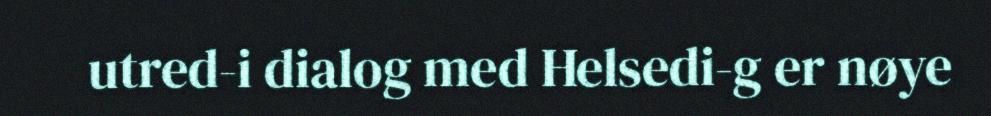
utred-i dialog med Helsedi-g er nøye